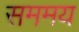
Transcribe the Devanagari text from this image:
सममय